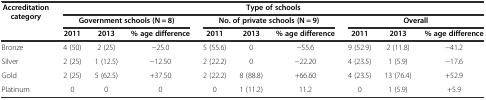
| <ROWSPAN=3> Accreditation category | <COLSPAN=9> Type of schools |
 | <COLSPAN=3> Government schools (N = 8) | <COLSPAN=3> No. of private schools (N = 9) | <COLSPAN=3> Overall |
 | 2011 | 2013 | % age difference | 2011 | 2013 | % age difference | 2011 | 2013 | % age difference |
 | --- | --- | --- | --- | --- | --- | --- | --- | --- | --- |
 | Bronze | 4 (50) | 2 (25) | -25.0 | 5 (55.6) | 0 | -55.6 | 9 (52.9) | 2 (11.8) | -41.2 |
 | Silver | 2 (25) | 1 (12.5) | -12.50 | 2 (22.2) | 0 | -22.20 | 4 (23.5) | 1 (5.9) | -17.6 |
 | Gold | 2 (25) | 5 (62.5) | +37.50 | 2 (22.2) | 8 (88.8) | +66.60 | 4 (23.5) | 13 (76.4) | +52.9 |
 | Platinum | 0 | 0 | 0 | 0 | 1 (11.2) | 11.2 | 0 | 1 (5.9) | +5.9 |